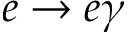
e \to e \gamma